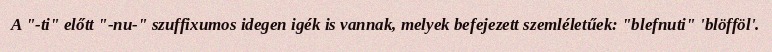
A "-ti" előtt "-nu-" szuffixumos idegen igék is vannak, melyek befejezett szemléletűek: "blefnuti" 'blöfföl'.